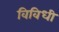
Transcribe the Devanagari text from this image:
विविधी